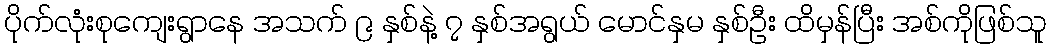
ပိုက်လုံးစုကျေးရွာနေ အသက် ၉ နှစ်နဲ့ ၇ နှစ်အရွယ် မောင်နှမ နှစ်ဦး ထိမှန်ပြီး အစ်ကိုဖြစ်သူ